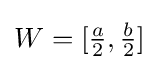
W=[{\tfrac {a}{2}},{\tfrac {b}{2}}]